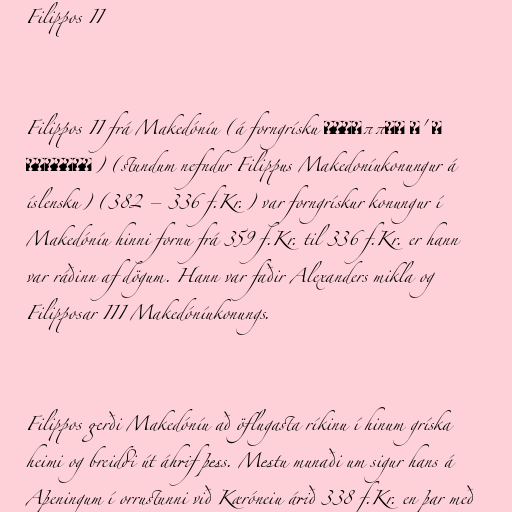
Filippos II

Filippos II frá Makedóníu (á forngrísku Φίλιππος Β' ο
Μακεδών) (stundum nefndur Filippus Makedoníukonungur á
íslensku) (382 – 336 f.Kr.) var forngrískur konungur í
Makedóníu hinni fornu frá 359 f.Kr. til 336 f.Kr. er hann
var ráðinn af dögum. Hann var faðir Alexanders mikla og
Filipposar III Makedóníukonungs.

Filippos gerði Makedóníu að öflugasta ríkinu í hinum gríska
heimi og breiddi út áhrif þess. Mestu munaði um sigur hans á
Aþeningum í orrustunni við Kæróneiu árið 338 f.Kr. en þar með